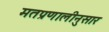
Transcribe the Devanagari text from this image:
मतप्रणालीनुसार